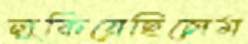
লুকিয়েছিলেম